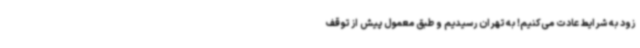
زود به شرایط عادت می‌کنیم! به تهران رسیدیم و طبق معمول پیش از توقف